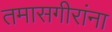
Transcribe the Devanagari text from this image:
तमासगीरांना